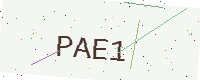
Text: PAE1